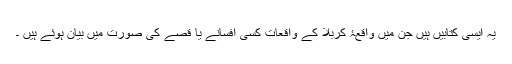
یہ ایسی کتابیں ہیں جن میں واقعۂ کربلا کے واقعات کسی افسانے یا قصے کی صورت میں بیان ہوئے ہیں ۔